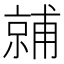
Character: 𬽙